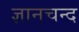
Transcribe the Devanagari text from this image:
ज्ञानचन्द